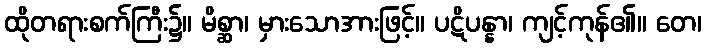
ထိုတရားစက်ကြီး၌။ မိစ္ဆာ၊ မှားသောအားဖြင့်။ ပဋိပန္နာ၊ ကျင့်ကုန်၏။ တေ၊